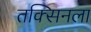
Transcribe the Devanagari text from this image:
तक्सिनला